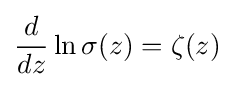
{\frac {d}{dz}}\ln \sigma (z)=\zeta (z)